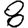
Digit: 8